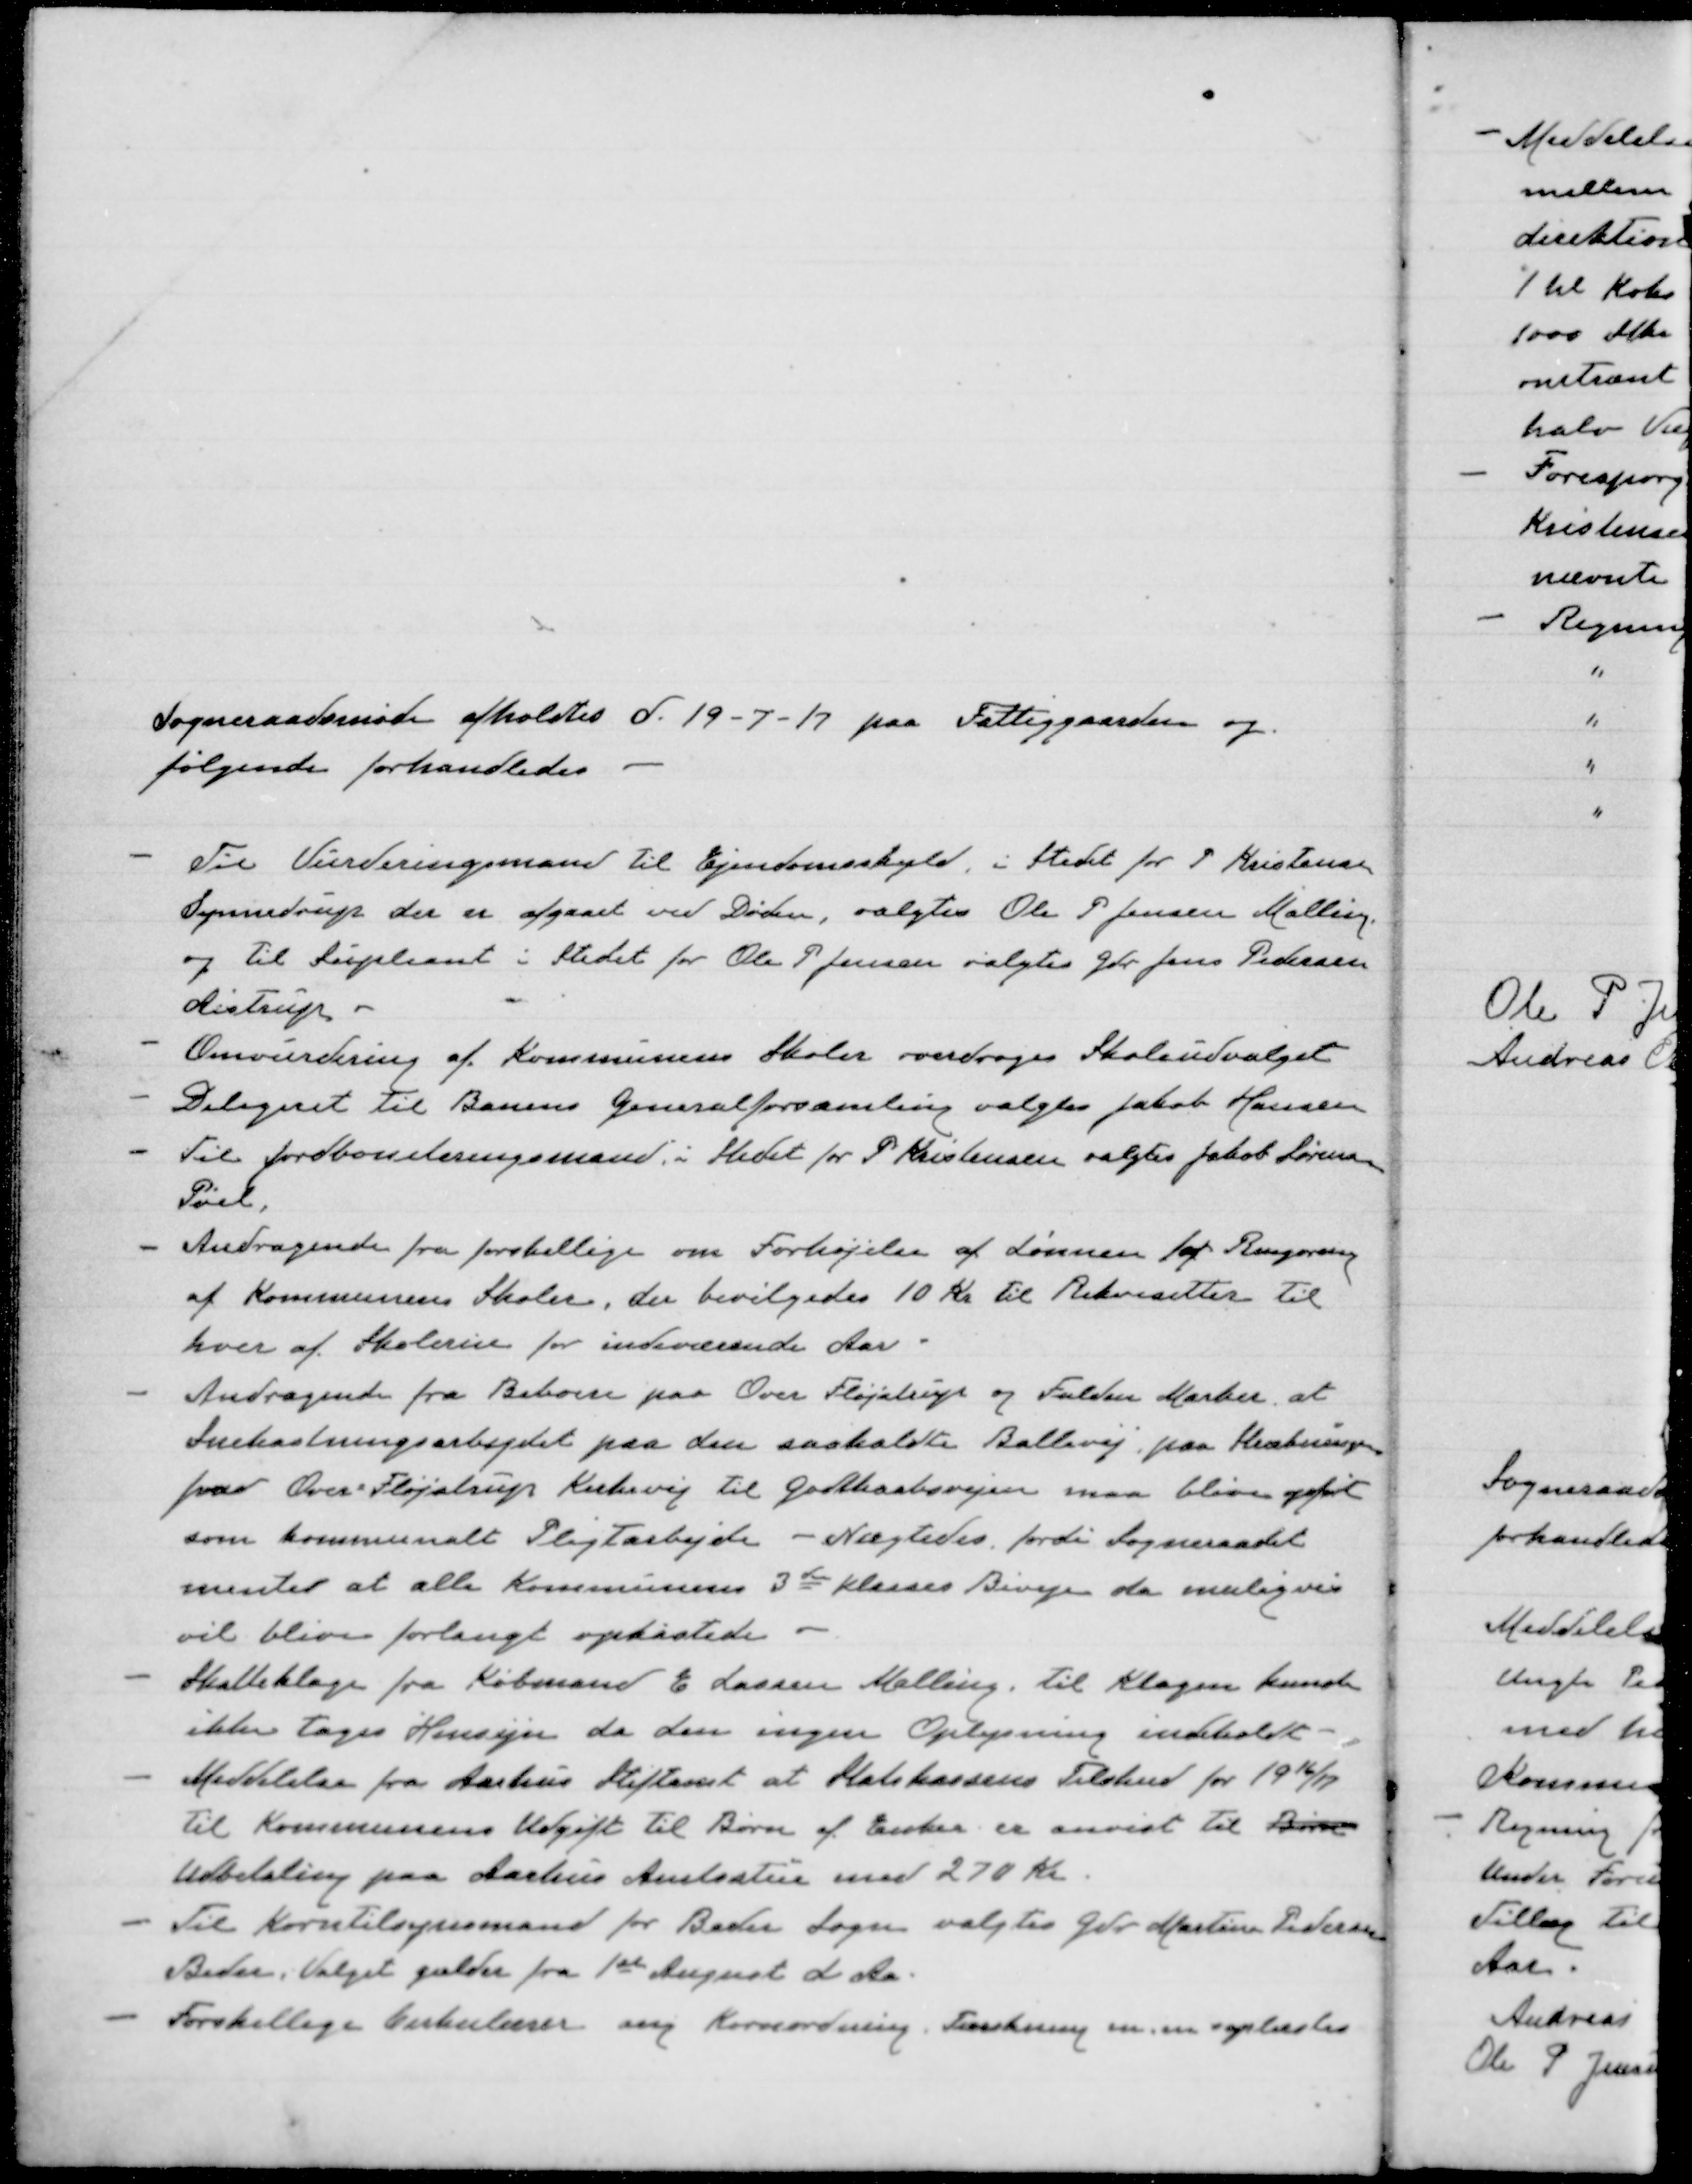
Transskription:
Sognerådsmøde afholdtes d.19-7-17 paa Fattiggaarden og
følgende forhandledes
Til Vurderingsmand til Ejendomsskyld i Stedet for P Kristensen
Synnedrup der er afgaaet ved Døden, valgtes Ole P Jensen Malling,
og til Supleant i Stedet for Ole P Jensen valgtes Gdr Jens Pedersen
Aistrup.
Omvurdering af Kommunens Skoler overdroges Skoleudvalget
Delegeret til Banens Generalforsamling valgtes Jakob Hansen
Til Jordboniteringsmand i Stedet for P Kristensen valgtes Jakob Sørensen
Pøel
Andragende fra forskellige om Forhøjelse af Lønnen for Rengøring
af Kommunens Skoler, der bevilgedes 10 Kr til Rekvisitter til
hver af Skolerne for indeværende Aar.
Andragende fra Beboere paa Over Fløjstrup og Fulden Marker at
Snekastningsarbejdet paa den saakaldte Ballevej paa Strækningen
fra Over Fløjstrup Kirkevej til Godthaabsvejen maa blive opført
som kommunalt Pligtarbejde. - Nægtedes fordi Sogneraadet
venter at alle Kommunens 3de Klasses Biveje da muligvis
vil blive forlangt opkastede
Skatteklage fra Købmand E Larsen Malling, til Klagen kunde
ikke tages Hensyn da den ingen Oplysning indeholdt.
Meddelelse fra Aarhus Stiftsamt at Statskassens Tilskud for 19 16/17
til Kommunens Udgift til Børn af Enker er anvist til Børne
Udbetaling paa Aarhus Amtsstue med 270 Kr.
Til Korntilsynsmand for Beder Sogn valgtes Gdr Martin Pedersen
Beder. Valget gælder fra 1ste August d. Aar.
Forskellige Cirkulærer ang Kornordning, Tærskning mm oplæstes.